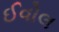
ઈવોલ